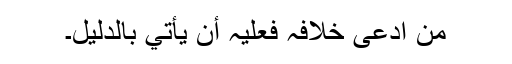
من ادعی خلافہ فعلیہ أن یأتي بالدلیل۔